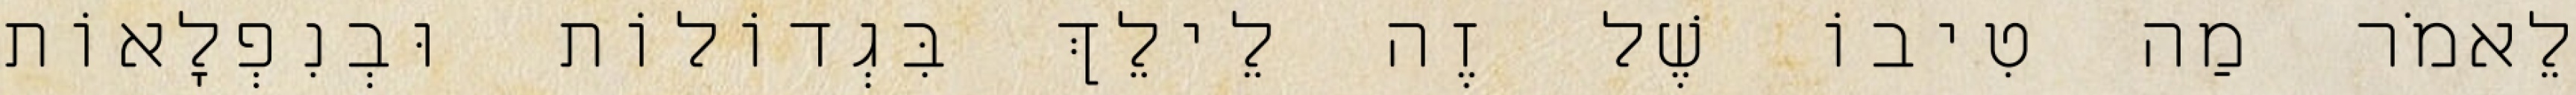
לֵאמֹר מַה טִיבוֹ שֶׁל זֶה לֵילֵךְ בִּגְדוֹלוֹת וּבְנִפְלָאוֹת